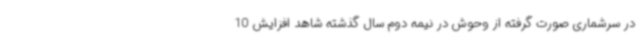
در سرشماری صورت گرفته از وحوش در نیمه دوم سال گذشته‌ شاهد افزایش 10